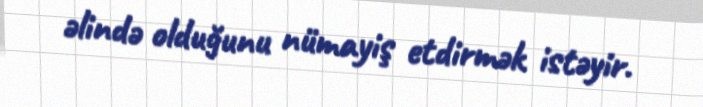
əlində olduğunu nümayiş etdirmək istəyir.